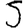
Digit: 5